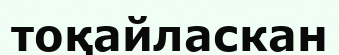
тоқайласкан